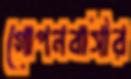
গোপনবাসীর